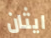
ايثان